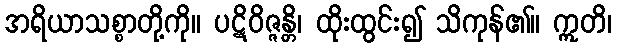
အရိယာသစ္စာတို့ကို။ ပဋိဝိဇ္ဇန္တိ၊ ထိုးထွင်း၍ သိကုန်၏။ ဣတိ၊